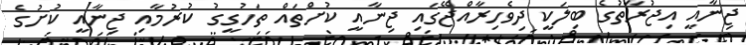
ޖިނާއީ އިޖުރާތުގެ ބިލަކީ ދިވެހިރާއްޖޭގައި ޖިނާއީ ކުށްތައް ތަހުގީގު ކުރުމާއި ޖިނާއީ ކުށުގެ